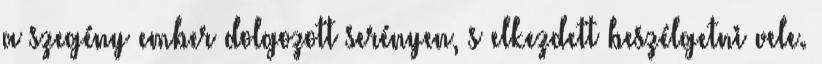
a szegény ember dolgozott serényen, s elkezdett beszélgetni vele.